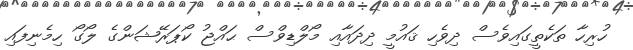
ހުރިހާ ތަކެތީގައިވެސް ދިވެހި ޤައުމީ ދިދައާއި މޯލްޑިވްސް ޙައްޖު ކޯޕަރޭޝަންގެ ލޯގޯ ހިމެނިފައި